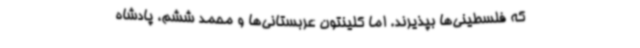
که فلسطینی‌ها بپذیرند. اما کلینتون عربستانی‌ها و محمد ششم، پادشاه